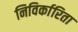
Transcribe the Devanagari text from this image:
निविर्कारिता